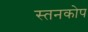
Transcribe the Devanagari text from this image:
स्तनकोप